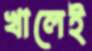
খালেই